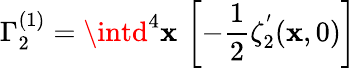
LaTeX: \Gamma_{2}^{(1)}=\intd^{4}\mathbf{x}\, \left[-{\frac{{1}}{{2}}}\zeta_{2}^{^{\prime}}(\mathbf{x},0)\right]